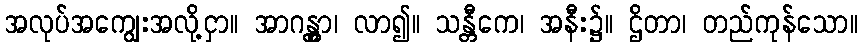
အလုပ်အကျွေးအလို့ငှာ။ အာဂန္တွာ၊ လာ၍။ သန္တီကေ၊ အနီး၌။ ဌိတာ၊ တည်ကုန်သော။